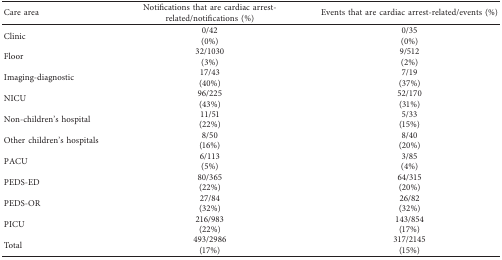
| Care area | Notifications that are cardiac arrest-related/notifications (%) | Events that are cardiac arrest-related/events (%) |
 | --- | --- | --- |
 | <ROWSPAN=2> Clinic | 0/42 | 0/35 |
 | (0%) | (0%) |
 | <ROWSPAN=2> Floor | 32/1030 | 9/512 |
 | (3%) | (2%) |
 | <ROWSPAN=2> Imaging-diagnostic | 17/43 | 7/19 |
 | (40%) | (37%) |
 | <ROWSPAN=2> NICU | 96/225 | 52/170 |
 | (43%) | (31%) |
 | <ROWSPAN=2> Non-children's hospital | 11/51 | 5/33 |
 | (22%) | (15%) |
 | <ROWSPAN=2> Other children's hospitals | 8/50 | 8/40 |
 | (16%) | (20%) |
 | <ROWSPAN=2> PACU | 6/113 | 3/85 |
 | (5%) | (4%) |
 | <ROWSPAN=2> PEDS-ED | 80/365 | 64/315 |
 | (22%) | (20%) |
 | <ROWSPAN=2> PEDS-OR | 27/84 | 26/82 |
 | (32%) | (32%) |
 | <ROWSPAN=2> PICU | 216/983 | 143/854 |
 | (22%) | (17%) |
 | <ROWSPAN=2> Total | 493/2986 | 317/2145 |
 | (17%) | (15%) |